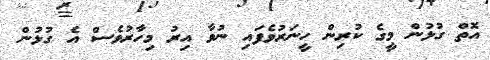
އޮތް ގުޅުން މީގެ ކުރިން ހީނަރުވެފައި ނުވާ އިރު މިހާރުވެސް އެ ގުޅުން